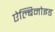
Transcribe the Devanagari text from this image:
ऐल्बिनोइड